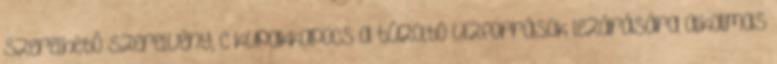
szerelhetõ szerelvény, c kupakkapocs a tûzoltó vízforrások lezárására alkalmas